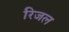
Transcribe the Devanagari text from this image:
रिजल